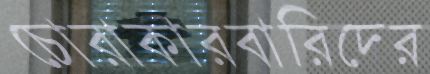
চোরাকারবারিদের